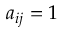
a _ { i j } = 1